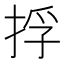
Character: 捊